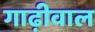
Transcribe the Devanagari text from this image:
गाढ़ीवाल